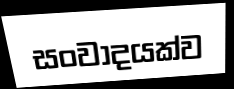
සංවාදයක්ව